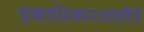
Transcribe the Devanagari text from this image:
एकाधिकारशाहीचे